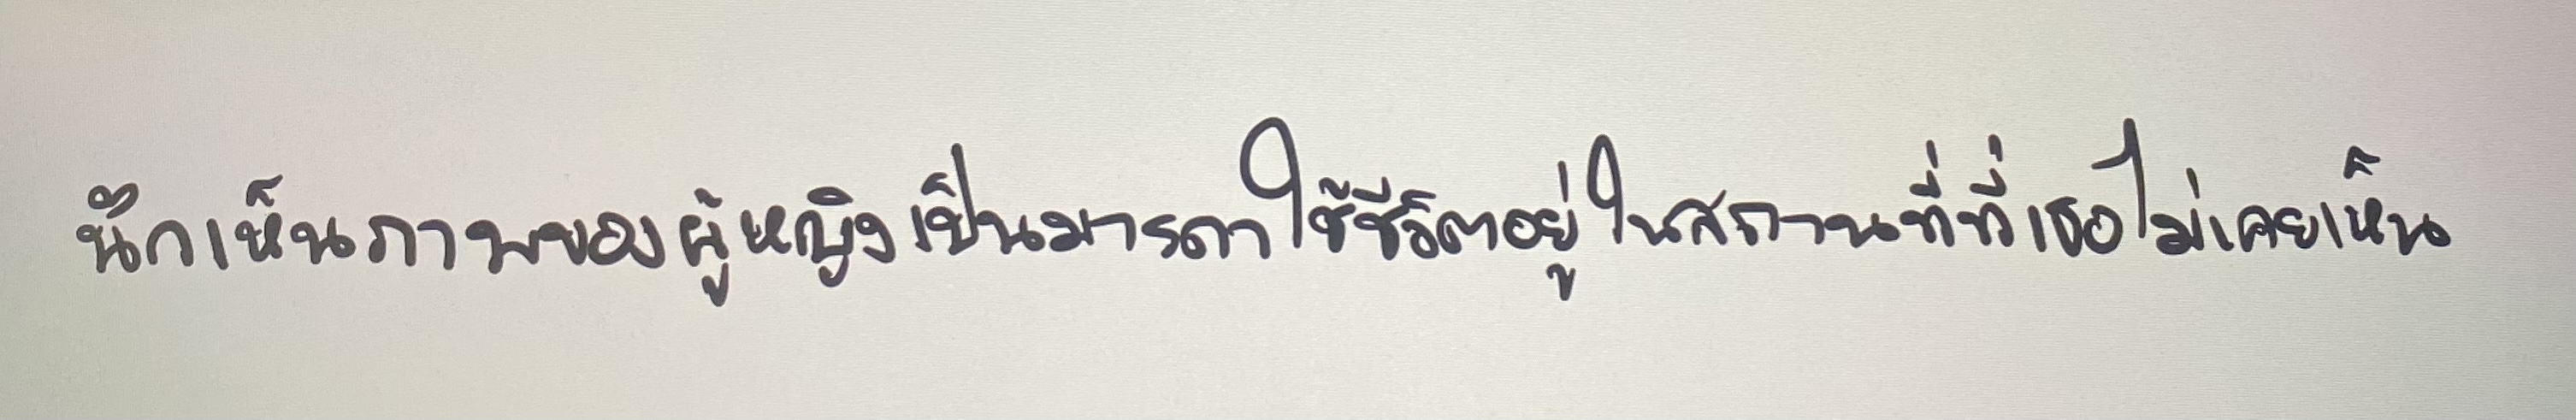
นึกเห็นภาพของผู้หญิงเป็นมารดาใช้ชีวิตอยู่ในสถานที่ที่เธอไม่เคยเห็น